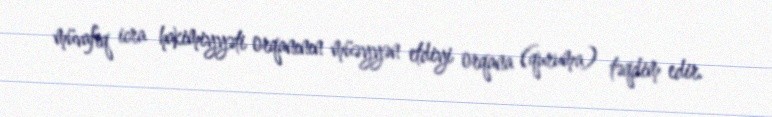
müvafiq icra hakimiyyəti orqanının müəyyən etdiyi orqana (quruma) təqdim edir.